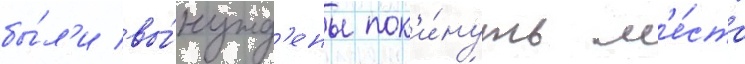
бы́л'и вы́нужд'ены пок'и́нуть м'е́ста